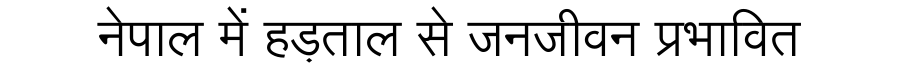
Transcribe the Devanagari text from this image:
नेपाल में हड़ताल से जनजीवन प्रभावित